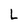
Character: L